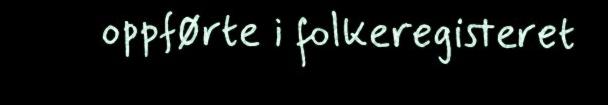
oppførte i folkeregisteret